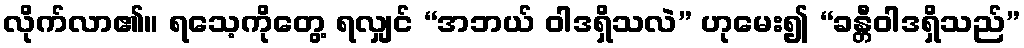
လိုက်လာ၏။ ရသေ့ကိုတွေ့ ရလျှင် “အဘယ် ဝါဒရှိသလဲ” ဟုမေး၍ “ခန္တီဝါဒရှိသည်”